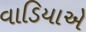
વાડિયાએ